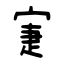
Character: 寁